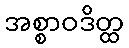
အစ္စာဝဒိတ္ထ